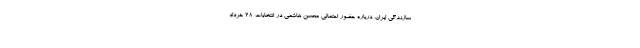
سازندگی ایران، درباره حضور احتمالی محسن هاشمی در انتخابات ۲۸ خرداد